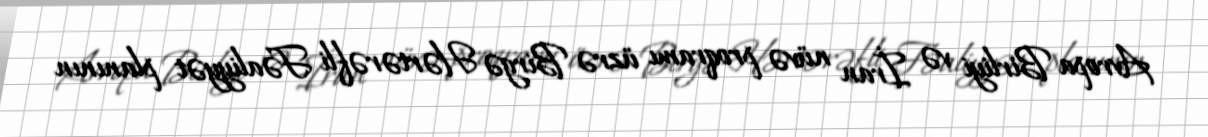
Avropa Birliyi və İran nüvə proqramı üzrə Birgə Hərtərəfli Fəaliyyət planının